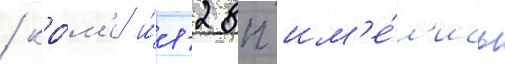
/ кро́м'е и́л-28п им'е́л'ись